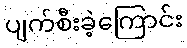
ပျက်စီးခဲ့ကြောင်း